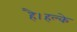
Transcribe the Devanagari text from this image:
है।हल्के